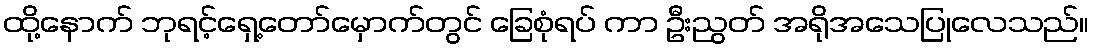
ထို့နောက် ဘုရင့်ရှေ့တော်မှောက်တွင် ခြေစုံရပ် ကာ ဦးညွတ် အရိုအသေပြုလေသည်။